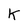
Character: K